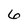
Character: 6